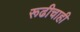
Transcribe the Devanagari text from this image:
रूढीचाही